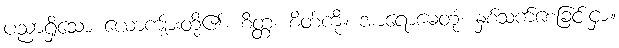
ပညာရှိသော ယောကျ်ားတို့၏။ စိတ္တံ၊ စိတ်ကို။ အာရောဓေတုံ၊ နှစ်သက်စေခြင်းငှာ။